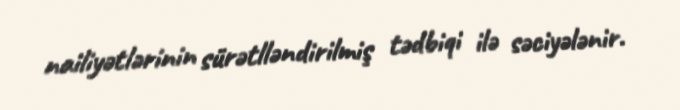
nailiyətlərinin sürətlləndirilmiş tədbiqi ilə səciyələnir.